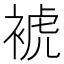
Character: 裭